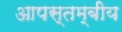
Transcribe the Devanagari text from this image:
आपस्तम्बीय